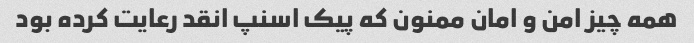
همه چیز امن و امان ممنون که پیک اسنپ انقد رعایت کرده بود